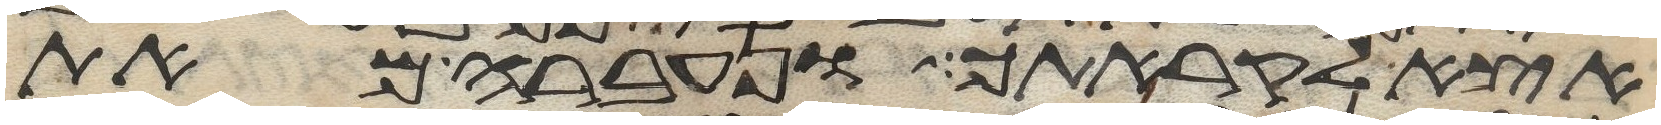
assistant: אצא לקראתך ונעברה מאת